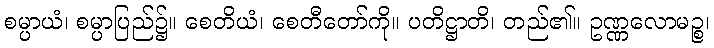
စမ္ပာယံ၊ စမ္ပာပြည်၌။ စေတိယံ၊ စေတီတော်ကို။ ပတိဋ္ဌာတိ၊ တည်၏။ ဥဏ္ဏလောမဉ္စ၊